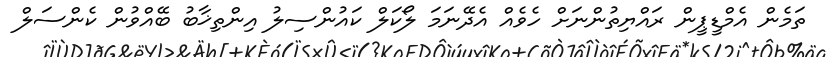
ތަމެން އެމްޑީޕީން ރައްޔިތުންނަށް ހެވެއް އެދޭނަމަ ލޯކަލް ކައުންސިލު އިންތިޚާބު ބޭއްވުން ކެންސަލް